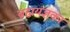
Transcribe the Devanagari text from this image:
ब्रह्मयज्ञका